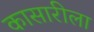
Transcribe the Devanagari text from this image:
कासारीला